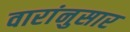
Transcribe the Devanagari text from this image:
वारांनुसार